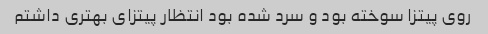
روی پیتزا سوخته بود و سرد شده بود انتظار پیتزای بهتری داشتم